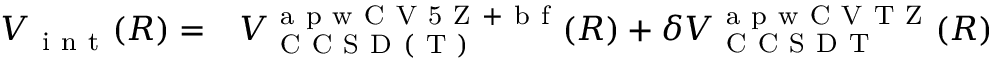
\begin{array} { r l } { V _ { \mathrm { ~ i ~ n ~ t ~ } } ( R ) = } & { { } V _ { \mathrm { ~ C ~ C ~ S ~ D ~ ( ~ T ~ ) ~ } } ^ { \mathrm { ~ a ~ p ~ w ~ C ~ V ~ 5 ~ Z ~ + ~ b ~ f ~ } } ( R ) + \delta V _ { \mathrm { ~ C ~ C ~ S ~ D ~ T ~ } } ^ { \mathrm { ~ a ~ p ~ w ~ C ~ V ~ T ~ Z ~ } } ( R ) } \end{array}